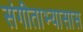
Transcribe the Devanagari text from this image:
संगीताभ्यासास